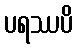
ပရဿပိ